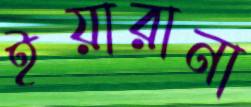
ইয়ারানা